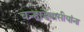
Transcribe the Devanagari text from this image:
वर्‍हाडवासीयांना